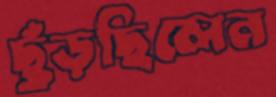
ছুঁড়ছিলেন